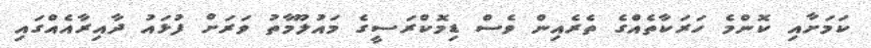
ކަމަށާއި ކޮންމެ ހަރަކާތެއްގެ ތެރެއިން ވެސް ޑިމޮކްރަސީގެ މައުލޫމާތު ވަރަށް ފުޅައު ދާއިރާއެއްގައި